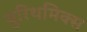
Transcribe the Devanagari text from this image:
युरिथमिक्स